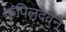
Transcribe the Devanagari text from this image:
कपिलदेवने